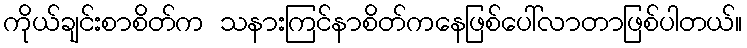
ကိုယ်ချင်းစာစိတ်က သနားကြင်နာစိတ်ကနေဖြစ်ပေါ်လာတာဖြစ်ပါတယ်။